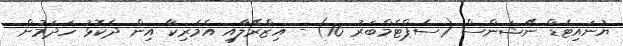
ޔުނައިޓެޑް ނޭޝަންސް (ސެޕްޓެމްބަރު 16) - އިޒްރޭލާއި އެމެރިކާ އިން ދެކޮޅު ހަދަމުން